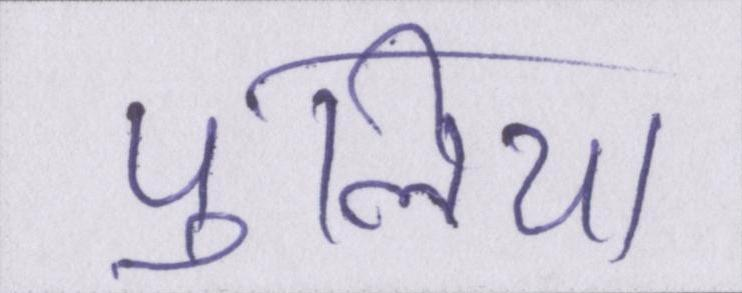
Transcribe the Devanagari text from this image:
पुलिया